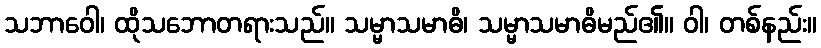
သဘာဝေါ၊ ထိုသဘောတရားသည်။ သမ္မာသမာဓိ၊ သမ္မာသမာဓိမည်၏။ ဝါ၊ တစ်နည်း။